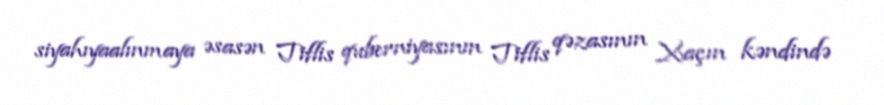
siyahıyaalınmaya əsasən Tiflis quberniyasının Tiflis qəzasının Xaçın kəndində